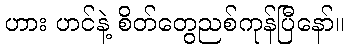
ဟား ဟင်နဲ့ စိတ်တွေညစ်ကုန်ပြီနော်။